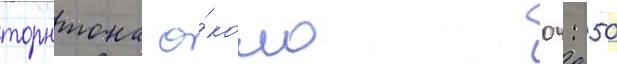
торнтона о́коло 04: 50